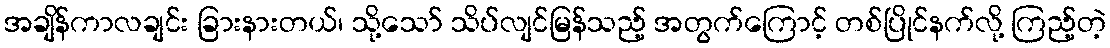
အချိန်ကာလချင်း ခြားနားတယ်၊ သို့သော် သိပ်လျင်မြန်သည့် အတွက်ကြောင့် တစ်ပြိုင်နက်လို့ ကြည့်တဲ့